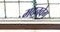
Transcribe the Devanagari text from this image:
मदनवेग